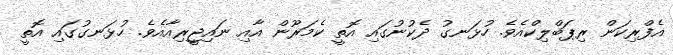
އެފްރިކަން ރިޕަބްލިކްއެވެ. ހުޅަނގު ދެކުނުގައި އޮތީ ކެމަރޫން އާއި ނައިޖީރިއާއެވެ. ހުޅަނގުގައި އޮތީ